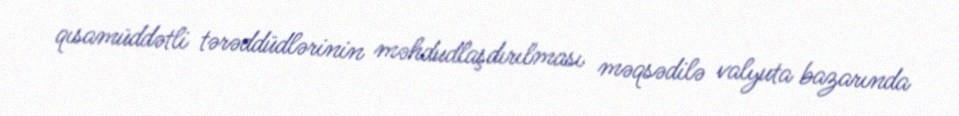
qısamüddətli tərəddüdlərinin məhdudlaşdırılması məqsədilə valyuta bazarında